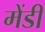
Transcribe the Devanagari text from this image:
मेंडी